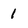
Character: 1